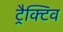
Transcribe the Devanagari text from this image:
ट्रैक्टिव